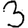
Digit: 3